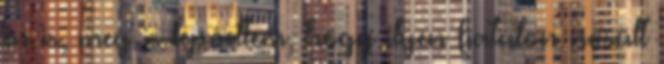
én is, meg is lepődtem, hogy ilyen fiatalon nősült